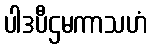
ပါဒပီဌမကာသဟံ